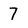
Character: 7